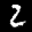
Label: 2